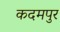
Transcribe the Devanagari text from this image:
कदमपुर